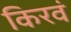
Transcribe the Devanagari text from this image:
किरवं